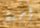
أحفظ